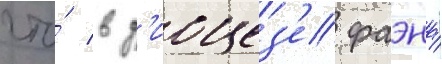
что́ в д'иоцез'е фаэнца